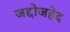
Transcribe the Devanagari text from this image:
जद्दोजहेद